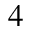
^ 4